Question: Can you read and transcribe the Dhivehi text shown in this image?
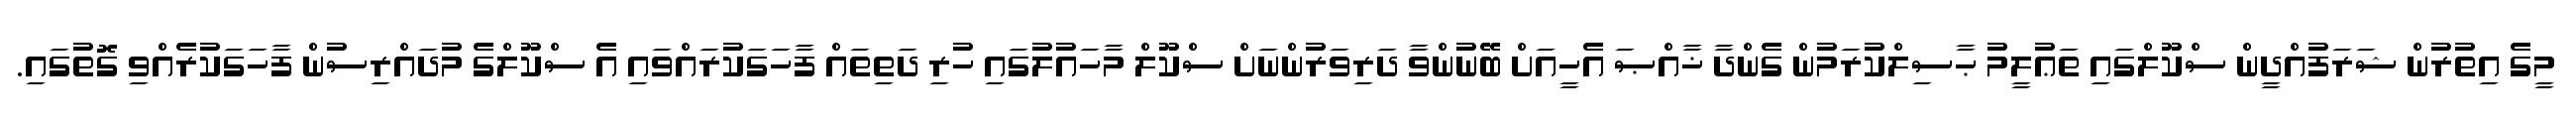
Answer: މީގެ އިތުރުން ޝަރަފުއްދީން ސްކޫލްގައި ތަޢުލީމު ޙާސިލްކުރަމުން ގެންދާ ޚާއްޞަ އެހީއަށް ބޭނުންވާ ދަރިވަރުންނަށް ސްކޫލް މާހައުލުގައި ހުރި ދަތިތައް ފާހަގަކުރައްވައި އެ ސްކޫލްގެ މުދައްރިސުން ފާހަގަކުރެއްވި ގޮތުގައި.